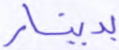
بدينار